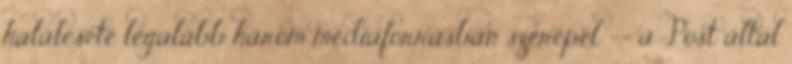
halálesete legalább három médiaforrásban szerepel -- a Post által